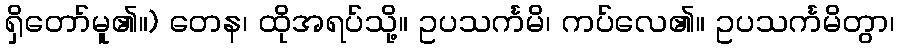
ရှိတော်မူ၏။) တေန၊ ထိုအရပ်သို့။ ဥပသင်္ကမိ၊ ကပ်လေ၏။ ဥပသင်္ကမိတွာ၊